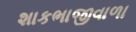
શાકભાજીવાળા